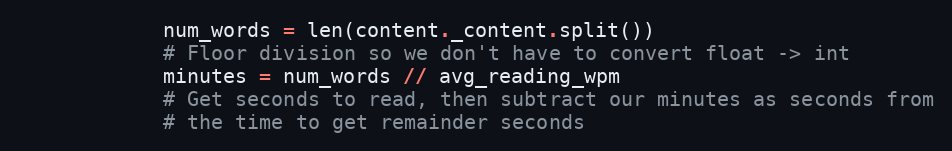
Language: Python
            num_words = len(content._content.split())
            # Floor division so we don't have to convert float -> int
            minutes = num_words // avg_reading_wpm
            # Get seconds to read, then subtract our minutes as seconds from
            # the time to get remainder seconds